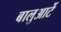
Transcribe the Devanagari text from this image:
बालुआर्टे